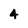
Character: 4